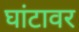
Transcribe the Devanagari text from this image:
घांटावर